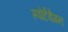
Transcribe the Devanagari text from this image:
स्पोर्टवैगन